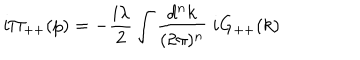
i \Pi _ { + + } ( p ) = - \frac { i \lambda } { 2 } \int \frac { d ^ { n } k } { ( 2 \pi ) ^ { n } } \; i G _ { + + } ( k )